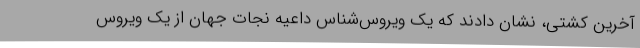
آخرین کشتی، نشان دادند که یک ویروس‌شناس داعیه نجات جهان از یک ویروس